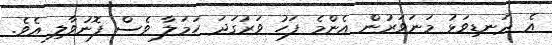
އެ ދަނޑިވަޅު މަނަވަރުން އެންމެ ފަހު ވަރުގަދަ ހަމަލާ ވެސް ފޮނުވާލި އެވެ.